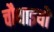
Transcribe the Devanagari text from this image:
चौथाइयों